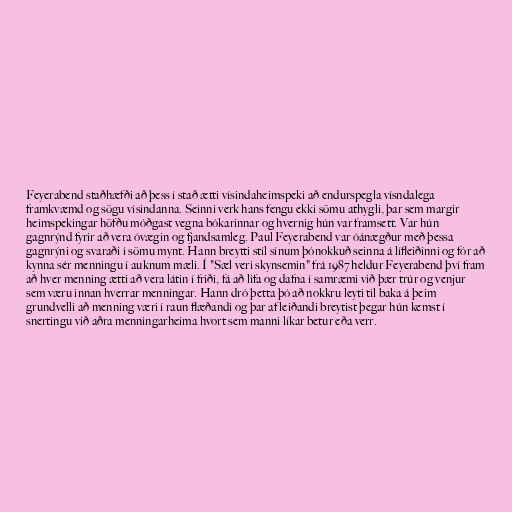
Feyerabend staðhæfði að þess í stað ætti vísindaheimspeki að endurspegla vísndalega
framkvæmd og sögu vísindanna. Seinni verk hans fengu ekki sömu athygli, þar sem margir
heimspekingar höfðu móðgast vegna bókarinnar og hvernig hún var framsett. Var hún
gagnrýnd fyrir að vera óvægin og fjandsamleg. Paul Feyerabend var óánægður með þessa
gagnrýni og svaraði í sömu mynt. Hann breytti stíl sínum þónokkuð seinna á lífleiðinni og fór að
kynna sér menningu í auknum mæli. Í "Sæl veri skynsemin" frá 1987 heldur Feyerabend því fram
að hver menning ætti að vera látin í friði, fá að lifa og dafna í samræmi við þær trúr og venjur
sem væru innan hverrar menningar. Hann dró þetta þó að nokkru leyti til baka á þeim
grundvelli að menning væri í raun flæðandi og þar af leiðandi breytist þegar hún kemst í
snertingu við aðra menningarheima hvort sem manni líkar betur eða verr.